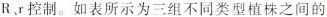
R、r控制。如表所示为三组不同类型植株之间的